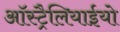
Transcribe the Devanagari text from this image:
ऑस्ट्रैलियाईयो